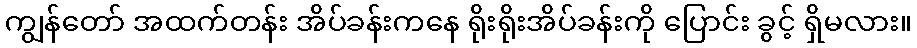
ကျွန်တော် အထက်တန်း အိပ်ခန်းကနေ ရိုးရိုးအိပ်ခန်းကို ပြောင်း ခွင့် ရှိမလား။